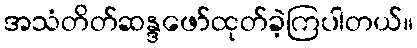
အသံတိတ်ဆန္ဒဖော်ထုတ်ခဲ့ကြပါတယ်။